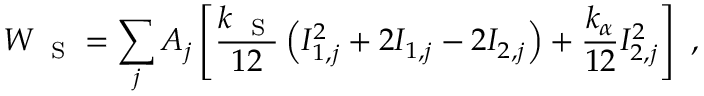
W _ { \mathrm { ~ \scriptsize ~ S ~ } } = \sum _ { j } A _ { j } \left[ \frac { k _ { \mathrm { ~ \scriptsize ~ S ~ } } } { 1 2 } \left( I _ { 1 , j } ^ { 2 } + 2 I _ { 1 , j } - 2 I _ { 2 , j } \right) + \frac { k _ { \scriptsize \alpha } } { 1 2 } I _ { 2 , j } ^ { 2 } \right] \ ,